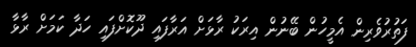
ފަތުރުވެރިން އެމީހުން ބޭނުން އިރަކު ރާޅަށް އަރާފައި ދޫކޮށްފައި ހަދާ ކަމަށް ރާޅާ